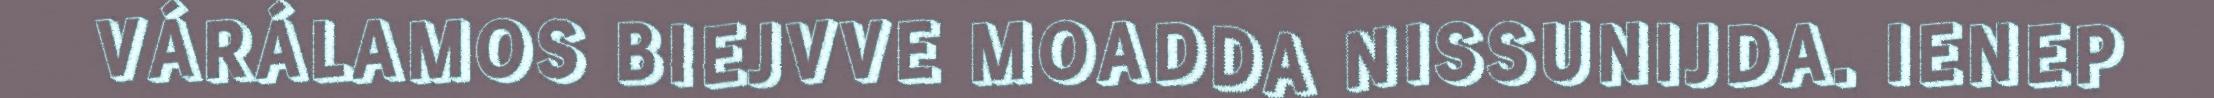
VÁRÁLAMOS BIEJVVE MOADDA NISSUNIJDA. IENEP